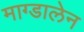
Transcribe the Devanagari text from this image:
माग्डालेन